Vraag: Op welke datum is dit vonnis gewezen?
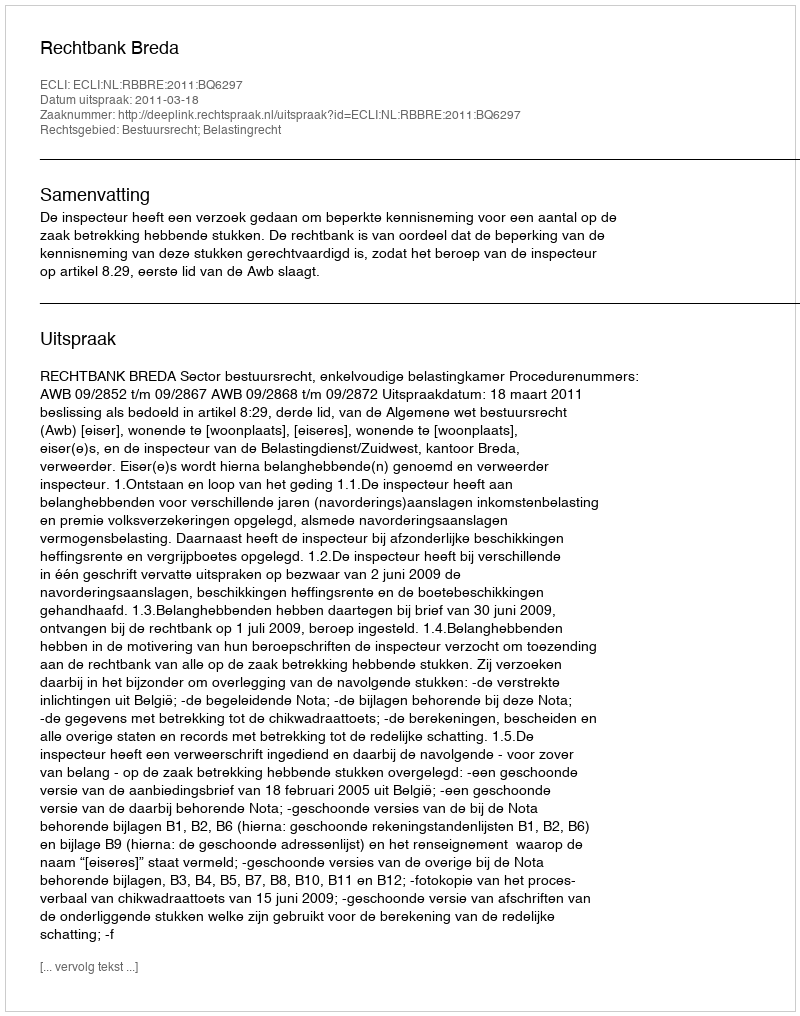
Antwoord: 2011-03-18